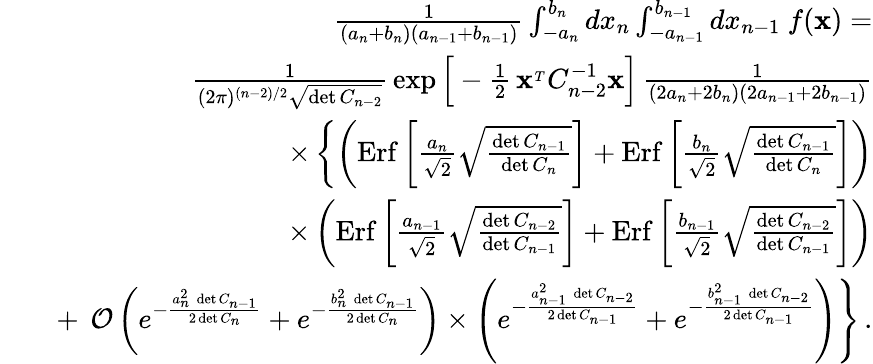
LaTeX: \begin{array}{rlr}&{}&{{\frac{1}{(a_{n}+b_{n})(a_{n-1}+b_{n-1})}}\int_{-a_{n}}^{b_{n}}dx_{n}\int_{-a_{n-1}}^{b_{n-1}}dx_{n-1}\ f({\mathbf x})=}\\ &{}&{{\frac{1}{(2\pi)^{(n-2)/2}\sqrt{\operatorname*{det}C_{n-2}}}}\exp\Big[-{\frac{1}{2}}\, {\mathbf x}^{_T}C_{n-2}^{-1}{\mathbf x}\Big]\, {\frac{1}{(2a_{n}+2b_{n})(2a_{n-1}+2b_{n-1})}}}\\ &{}&{\times\left\{ \left(\mathrm{Erf}\left[{\frac{a_{n}}{\sqrt 2}}\sqrt{\frac{\operatorname*{det}C_{n-1}}{\operatorname*{det}C_{n}}}\right]+\mathrm{Erf}\left[{\frac{b_{n}}{\sqrt 2}}\sqrt{\frac{\operatorname*{det}C_{n-1}}{\operatorname*{det}C_{n}}}\right]\right)\right.}\\ &{}&{\times\left(\mathrm{Erf}\left[{\frac{a_{n-1}}{\sqrt 2}}\sqrt{\frac{\operatorname*{det}C_{n-2}}{\operatorname*{det}C_{n-1}}}\right]+\mathrm{Erf}\left[{\frac{b_{n-1}}{\sqrt 2}}\sqrt{\frac{\operatorname*{det}C_{n-2}}{\operatorname*{det}C_{n-1}}}\right]\right)}\\ &{}&{+\ \left.{\cal O}\left(e^{-{\frac{a_{n}^{2}\, \operatorname*{det}C_{n-1}}{2\operatorname*{det}C_{n}}}}+e^{-{\frac{b_{n}^{2}\, \operatorname*{det}C_{n-1}}{2\operatorname*{det}C_{n}}}}\right)\times\left(e^{-{\frac{a_{n-1}^{2}\, \operatorname*{det}C_{n-2}}{2\operatorname*{det}C_{n-1}}}}+e^{-{\frac{b_{n-1}^{2}\, \operatorname*{det}C_{n-2}}{2\operatorname*{det}C_{n-1}}}}\right)\right\} \, .}\end{array}